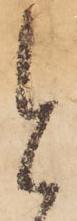
と